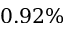
0 . 9 2 \%